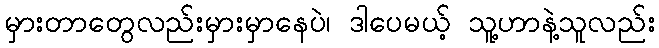
မှားတာတွေလည်းမှားမှာနေပဲ၊ ဒါပေမယ့် သူ့ဟာနဲ့သူလည်း